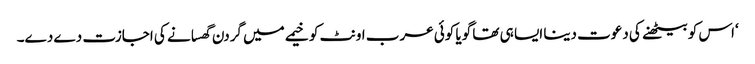
‘اس کو بیٹھنے کی دعوت دینا ایسا ہی تھا گویا کوئی عرب اونٹ کو خیمے میں گردن گھسانے کی اجازت دے دے۔